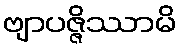
ဗျာပဇ္ဇိဿာမိ